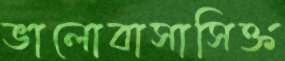
ভালোবাসাসিক্ত